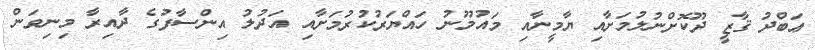
ޢަބްދު ޤާޒީ ދޫކޮށްނުލުމަށާއި ޔާމީނާއި މައުމޫނު ހައްޔަރުކުރުމަށާއި އަދުލު އިންސާފުގެ ދާއިރާ މިނިވަން